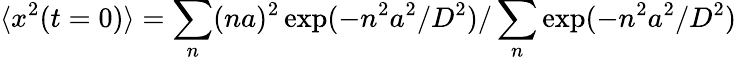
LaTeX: \langle x^{2}(t=0)\rangle=\sum_{n}(na)^{2}\exp(-n^{2}a^{2}/D^{2})/\sum_{n}\exp(-n^{2}a^{2}/D^{2})